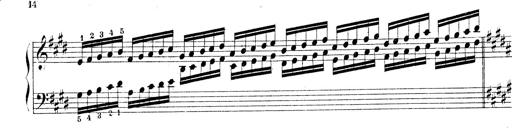
Title: Technische Studien
Composer: Franz Liszt